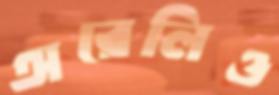
অরেলিও